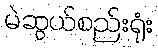
မဲဆွယ်စည်းရုံး